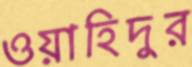
ওয়াহিদুর